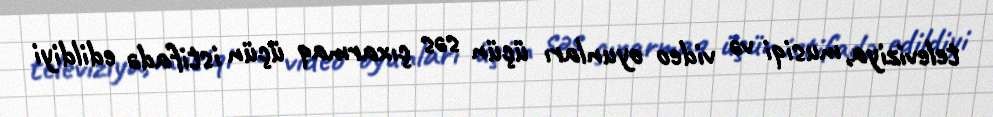
televiziya, musiqi və video oyunları üçün səs çıxarmaq üçün istifadə edildiyi